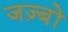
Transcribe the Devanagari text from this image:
जज़्बों